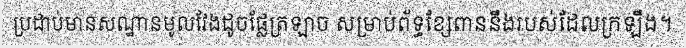
ប្រដាប់មានសណ្ឋានមូលវែងដូចផ្លែត្រឡាច សម្រាប់ព័ទ្ធខ្សែពាននឹងរបស់ដែលក្រឡឹង។